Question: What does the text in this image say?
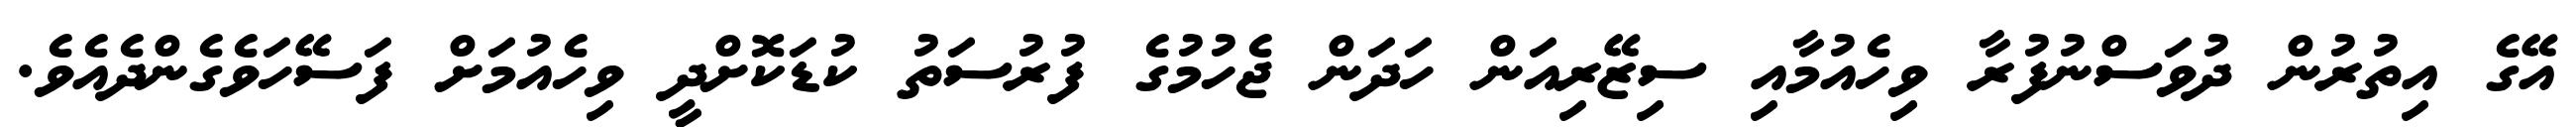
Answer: އޭގެ އިތުރުން ދުވަސްނުފުރާ ވިހެއުމާއި ސިޒޭރިއަން ހަދަން ޖެހުމުގެ ފުރުސަތު ކުޑަކޮށްދީ ވިހެއުމަށް ފަސޭހަވެގެންދެއެވެ.